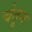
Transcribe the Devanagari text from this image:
चेतून